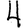
Digit: 4